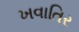
ખવાતિર